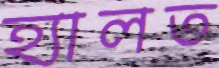
হ্যালত